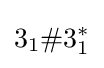
3_{1}\#3_{1}^{*}